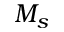
M _ { s }